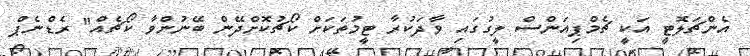
އެންޗަލޮޓީ އަކީ ޗެމްޕިއަންސް ލީގުގައި ވާދަކުރާ ޓީމުތަކަށް ކޯޗުކޮށްދޭން ބޭނުންވާ ކޯޗެއް" ރެޑްނެޕް